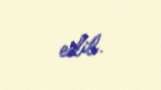
edib.